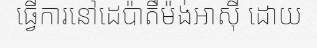
ធ្វើការនៅដេប៉ាតឺម៉ង់អាស៊ី ដោយ